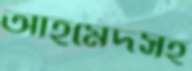
আহমেদসহ